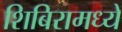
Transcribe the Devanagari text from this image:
शिबिरामध्ये